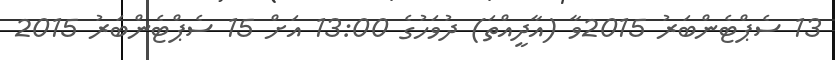
13 ސެޕްޓެންބަރު 2015ވާ (އާދީއްތަ) ދުވަހުގެ 13:00 އަށް 15 ސެޕްޓެންބަރު 2015